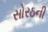
સોરઠની